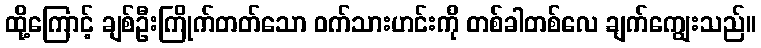
ထို့ကြောင့် ချစ်ဦးကြိုက်တတ်သော ဝက်သားဟင်းကို တစ်ခါတစ်လေ ချက်ကျွေးသည်။